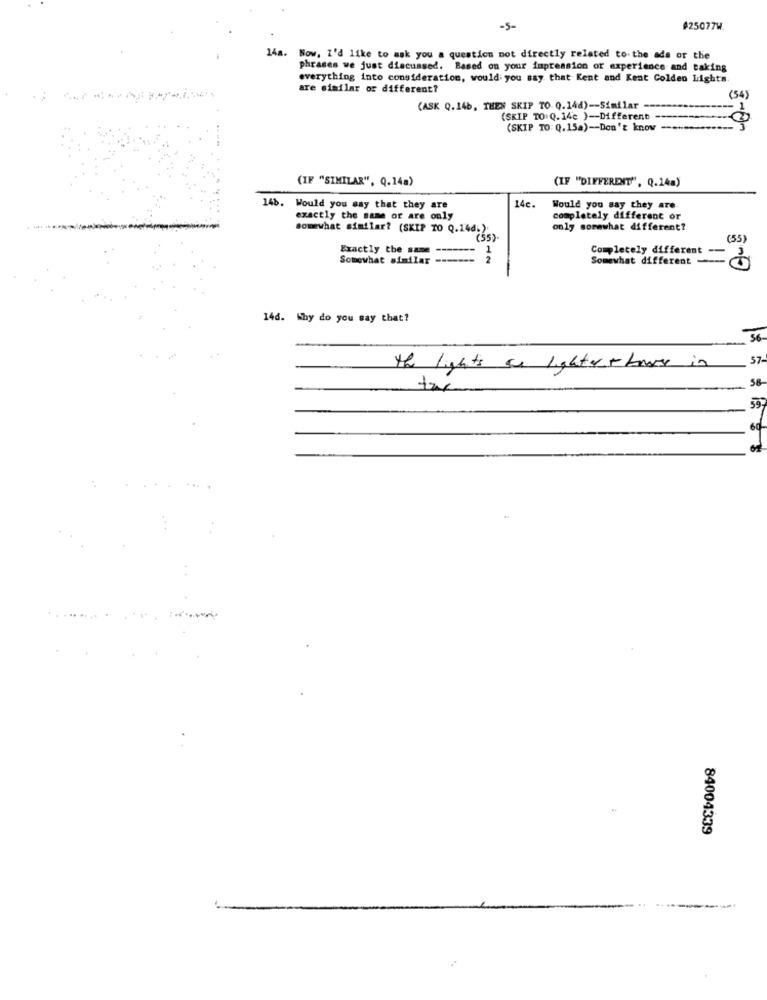
-5-
425077W.
14a. Now, I'd like to ask you a question not directly related to. the ade or the
phrases we just discussed. Based on your impression or experience and taking
everything into consideration, would you say that Kent and Kent Golden Lights.
are similar or different?
(54)
(ASK Q.14b, THEN SKIP TO Q.14d) -- Similar --
- 1
(SKIP TO:Q. 14c ) -- Different
(SKIP TO: Q.15a) -- Don't know
(IF "SIMILAR", Q.14a)
(IF "DIFFERENT", Q.14a)
14b. Would you say that they are
14e.
Would you say they are.
exactly the same or are only
completely different or
somewhat similar? (SKIP TO Q.14d;);
only somewhat different?
(55)
(55)
Exactly the same
1
Completely different
-
Somewhat similar ------
2
Somewhat different
146. Why do you say that?
56
57-
the lights an lighter & bones in
the
58-
59
60
of
84004339